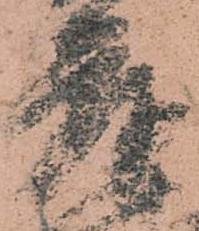
庫